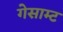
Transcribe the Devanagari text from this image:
गेसाम्ट